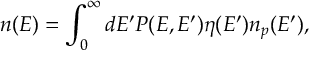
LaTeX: n ( E ) = \int _ { 0 } ^ { \infty } d E ^ { \prime } P ( E , E ^ { \prime } ) \eta ( E ^ { \prime } ) n _ { p } ( E ^ { \prime } ) ,